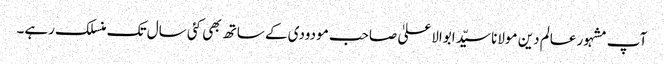
آپ مشہور عالم دین مولانا سیّد ابوالاعلیٰ صاحب مودودی کے ساتھ بھی کئی سال تک منسلک رہے۔